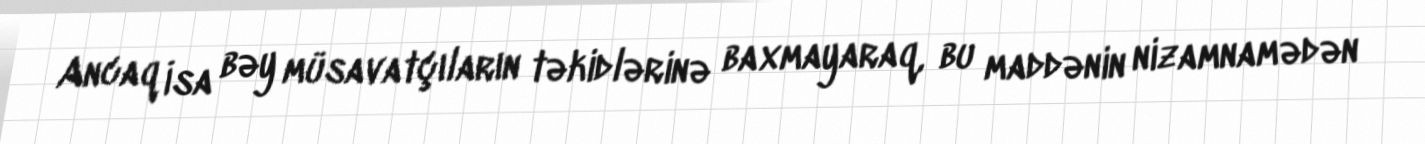
Ancaq İsa bəy müsavatçıların təkidlərinə baxmayaraq, bu maddənin nizamnamədən